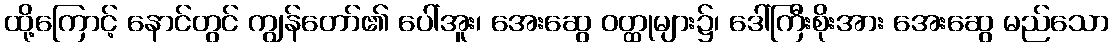
ထို့ကြောင့် နောင်တွင် ကျွန်တော်၏ ပေါ်အူး၊ အေးဆွေ ဝတ္ထုများ၌၊ ဒေါ်ကြီးစိုးအား အေးဆွေ မည်သော